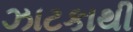
ઝાટકાથી